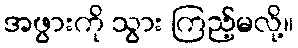
အဖွားကို သွား ကြည့်မလို့။